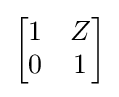
{\begin{bmatrix}1&Z\\0&1\end{bmatrix}}